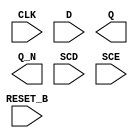
module sky130_fd_sc_hs__sdfrbp (
    RESET_B,
    CLK    ,
    D      ,
    Q      ,
    Q_N    ,
    SCD    ,
    SCE
);

    input  RESET_B;
    input  CLK    ;
    input  D      ;
    output Q      ;
    output Q_N    ;
    input  SCD    ;
    input  SCE    ;

    // Voltage supply signals
    supply1 VPWR;
    supply0 VGND;

endmodule